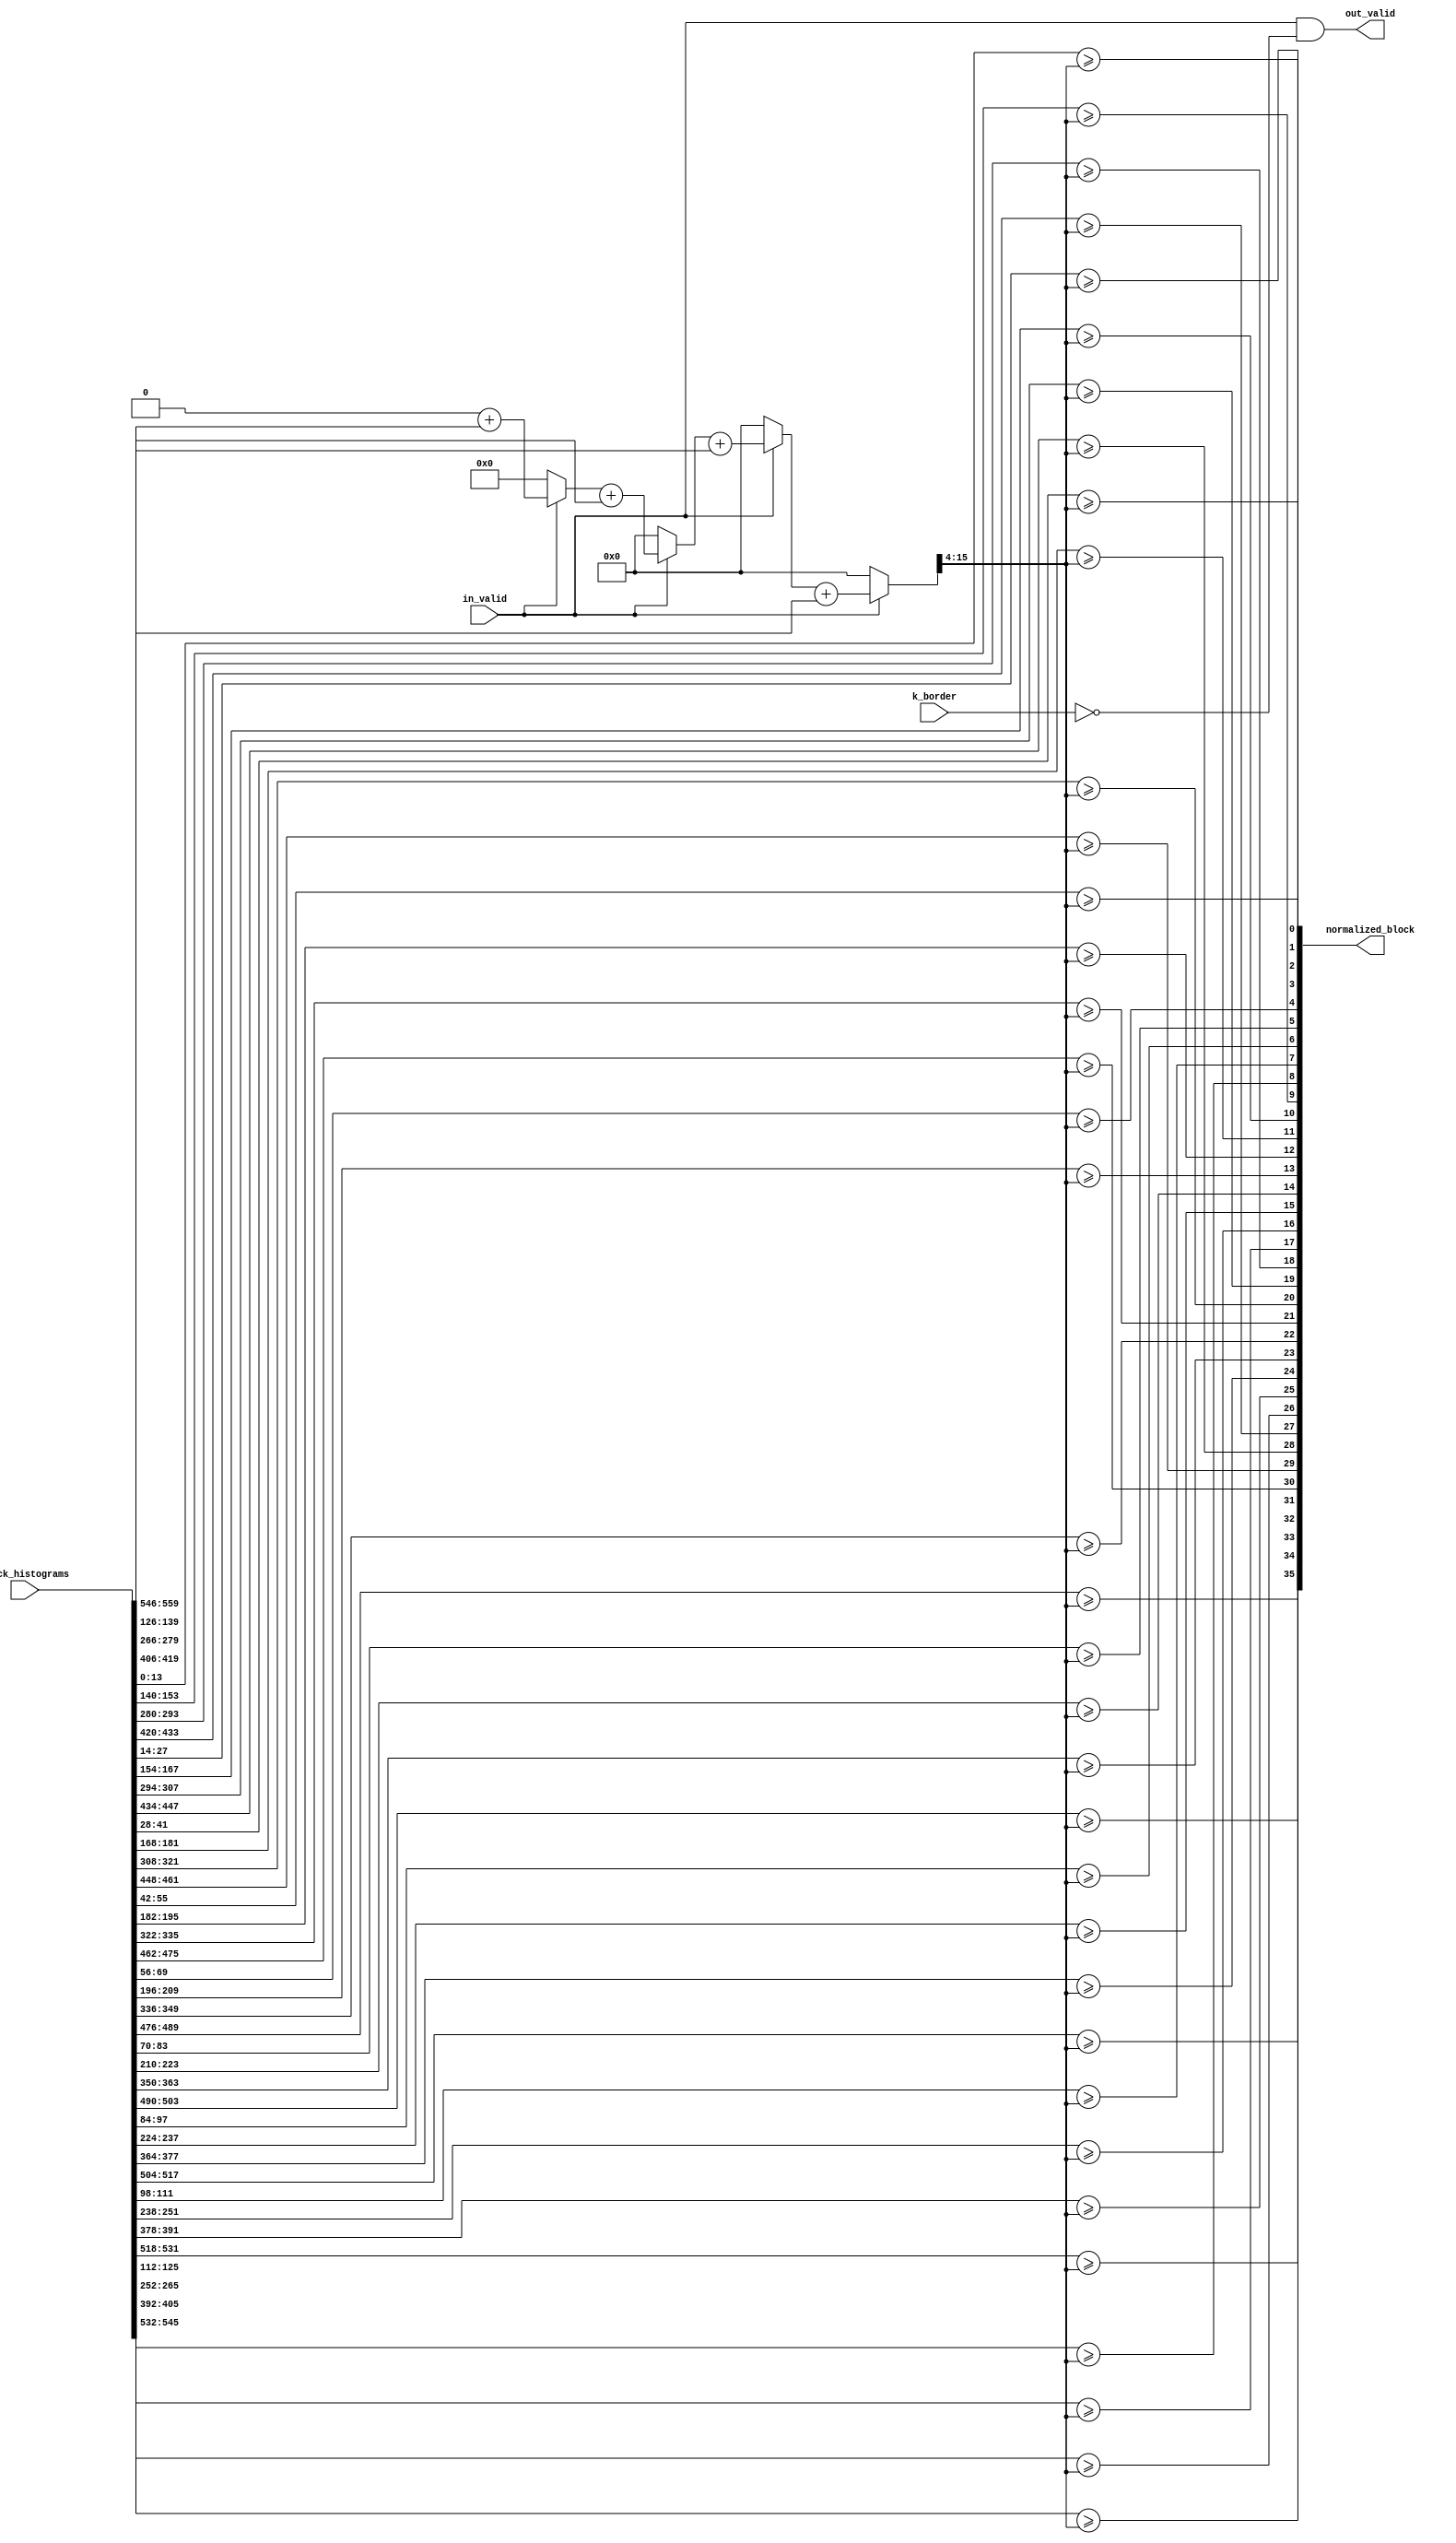
// a binarized normalization. 
// takes a concatenated block representing 4 histograms, 
// and produces the binarized and normalized content of the histograms

module normalization #(
    parameter BIN_WIDTH       = 14, 
    parameter BINS            = 9, // 10th bin is the sum
    parameter CELLS_PER_BLOCK = 4, 
    parameter INPUT_WIDTH     = BIN_WIDTH * (BINS+1) * CELLS_PER_BLOCK, 
    parameter OUTPUT_WIDTH    = BINS * CELLS_PER_BLOCK // 1 bit per bin
) (
    input                     in_valid, // gate the circuit to save power
    input                     k_border,
    input [INPUT_WIDTH-1:0]   block_histograms, 
    output                    out_valid,
    output [OUTPUT_WIDTH-1:0] normalized_block 
);

    reg [15:0] sum; 
    wire [11:0] shifted_sum;

    assign out_valid = in_valid && !k_border;

    genvar i,j; 
    integer k; 

    always @(*) begin 
        sum = 0; 
        for (k = 0; k < CELLS_PER_BLOCK; k = k + 1) begin 
            sum = 
                in_valid? sum + block_histograms[(k*(BINS+1)+BINS)*BIN_WIDTH +: BIN_WIDTH] : 0;
        end
    end

    assign shifted_sum = sum >> 4; 

    generate
        for (i = 0; i < BINS; i = i + 1) begin : NORM_BLOCK_BINS
            for (j = 0; j < CELLS_PER_BLOCK; j = j + 1) begin : NORM_BLOCK_CELLS
                assign normalized_block[i + j*9] = 
                    (block_histograms[i*BIN_WIDTH + j*10*BIN_WIDTH +: BIN_WIDTH] >= shifted_sum); 
            end
        end
    endgenerate

endmodule